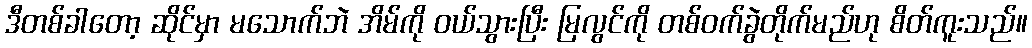
ဒီတစ်ခါတော့ ဆိုင်မှာ မသောက်ဘဲ အိမ်ကို ဝယ်သွားပြီး မြလွင်ကို တစ်ဝက်ခွဲတိုက်မည်ဟု စိတ်ကူးသည်။